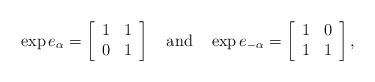
LaTeX: \begin{align*}\exp e_\alpha = \left[\begin{array}{cc}1&1\\0&1\end{array}\right]~~~\mbox{and}~~~\exp e_{-\alpha} = \left[\begin{array}{cc}1&0\\1&1\end{array}\right],\end{align*}